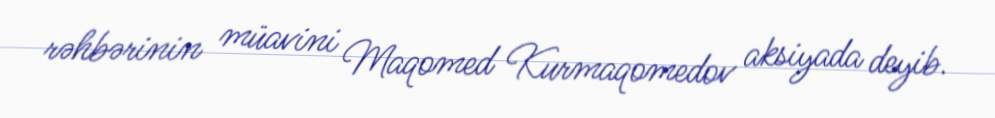
rəhbərinin müavini Maqomed Kurmaqomedov aksiyada deyib.